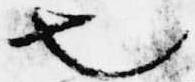
也